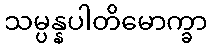
သမ္ပန္နပါတိမောက္ခာ